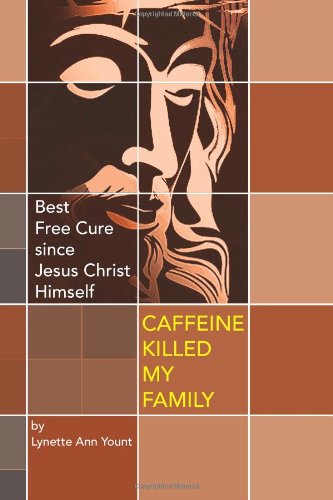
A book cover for Caffeine Killed My Family: Best Free Cure since Jesus Christ Himself; Lynette Ann Yount; Health, Fitness & Dieting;